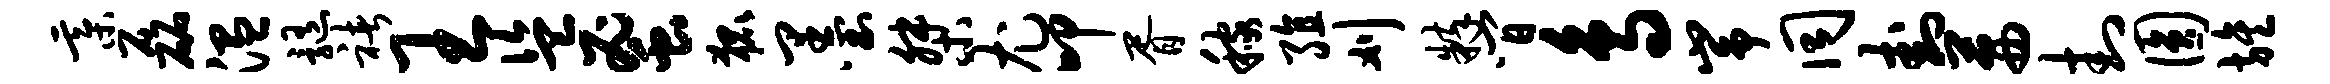
綦磊温髓褚王盗蜜狐墨桀尤叩胥稼殖刈粹间鸟峥同卦茜封圆旌